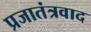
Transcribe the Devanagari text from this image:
प्रजातंत्रवाद